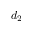
d _ { 2 }